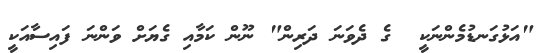
"އަޅުގަނޑުމެންނަކީ  ގެ ދެވަނަ ދަރިން" ނޫން ކަމާއި ގެޔަށް ވަންނަ ފައިސާއަކީ